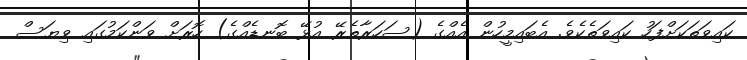
ކައިވަތަކަށްފަހު ކައިވަތެކެވެ. އެބައިމީހުން އެއްގެ (ސަހަރާތެރޭ އުޅޭ ބޮނޑެއްގެ) ހޮރަށް ވަންކަމުގައި ވިޔަސް